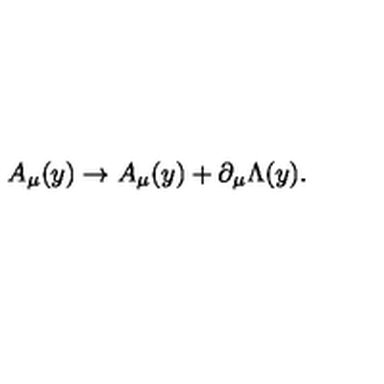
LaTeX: A _ { \mu } ( y ) \rightarrow A _ { \mu } ( y ) + \partial _ { \mu } \Lambda ( y ) .